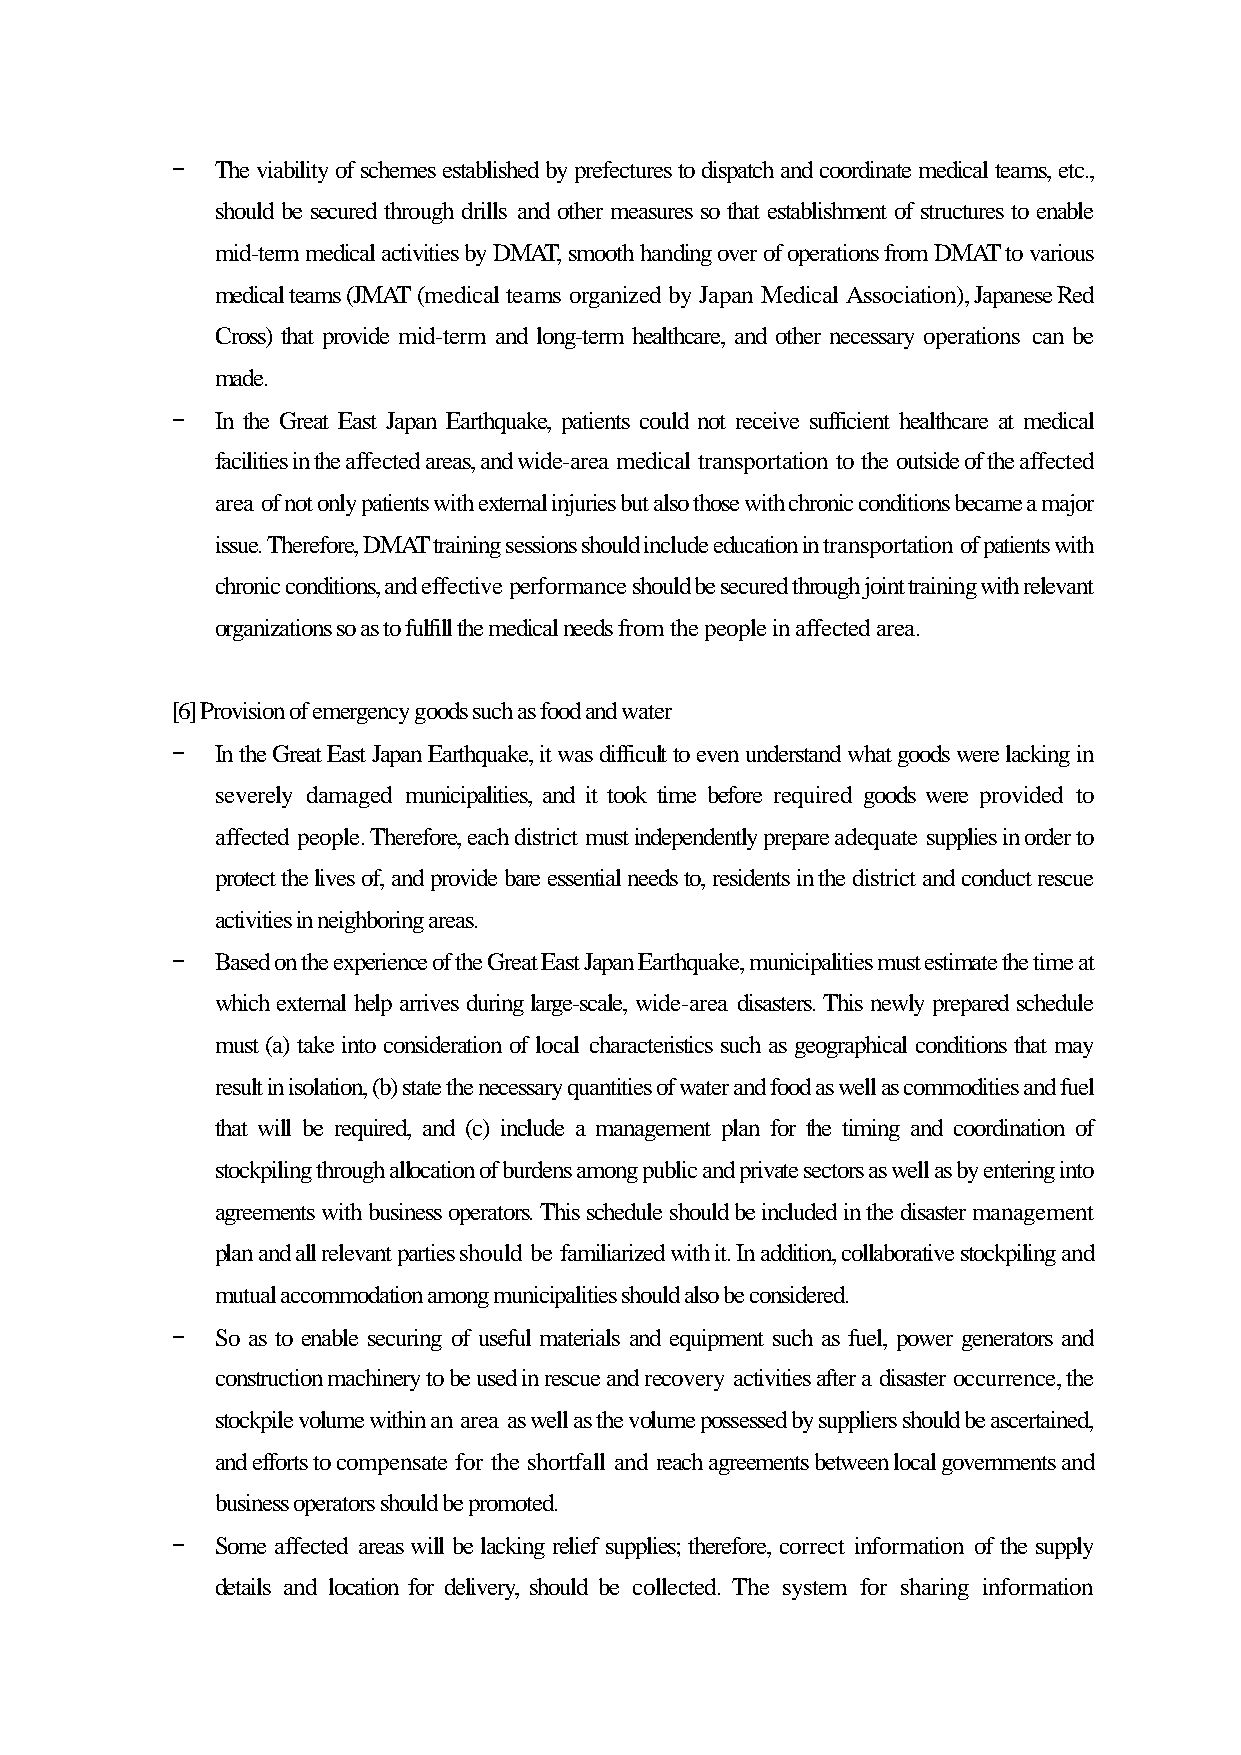
-  The viability of schemes established by prefectures to dispatch and coordinate medical teams, etc.,
 should be secured through drills and other measures so that establishment of structures to enable
 mid-term medical activities by DMAT, smooth handing over of operations from DMAT to various
 medical teams (JMAT (medical teams organized by Japan Medical Association), Japanese Red
 Cross) that provide mid-term and long-term healthcare, and other necessary operations can be
 made.
 -  In the Great East Japan Earthquake, patients could not receive sufficient healthcare at medical
 facilities in the affected areas, and wide-area medical transportation to the outside of the affected
 area of not only patients with external injuries but also those with chronic conditions became a major
 issue. Therefore, DMAT training sessions should include education in transportation of patients with
 chronic conditions, and effective performance should be secured through joint training with relevant
 organizations so as to fulfill the medical needs from the people in affected area.
 [6] Provision of emergency goods such as food and water
 -  In the Great East Japan Earthquake, it was difficult to even understand what goods were lacking in
 severely damaged municipalities, and it took time before required goods were provided to
 affected people. Therefore, each district must independently prepare adequate supplies in order to
 protect the lives of, and provide bare essential needs to, residents in the district and conduct rescue
 activities in neighboring areas.
 -  Based on the experience of the Great East Japan Earthquake, municipalities must estimate the time at
 which external help arrives during large-scale, wide-area disasters. This newly prepared schedule
 must (a) take into consideration of local characteristics such as geographical conditions that may
 result in isolation, (b) state the necessary quantities of water and food as well as commodities and fuel
 that will be required, and (c) include a management plan for the timing and coordination of
 stockpiling through allocation of burdens among public and private sectors as well as by entering into
 agreements with business operators. This schedule should be included in the disaster management
 plan and all relevant parties should be familiarized with it. In addition, collaborative stockpiling and
 mutual accommodation among municipalities should also be considered.
 -  So as to enable securing of useful materials and equipment such as fuel, power generators and
 construction machinery to be used in rescue and recovery activities after a disaster occurrence, the
 stockpile volume within an area as well as the volume possessed by suppliers should be ascertained,
 and efforts to compensate for the shortfall and reach agreements between local governments and
 business operators should be promoted.
 -  Some affected areas will be lacking relief supplies; therefore, correct information of the supply
 details and location for delivery, should be collected. The system for sharing information